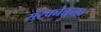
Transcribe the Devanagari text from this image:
संरचनेतूनच